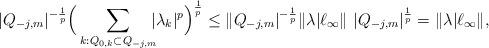
LaTeX: \begin{align*}|Q_{-j,m}|^{-\frac{1}{p}}\Big(\sum_{k:Q_{0,k}\subset Q_{-j,m}}\!\!\! |\lambda_k|^p\Big)^\frac{1}{p} \leq \|Q_{-j,m}|^{-\frac{1}{p}} \|\lambda|\ell_\infty\|\ |Q_{-j,m}|^{\frac1p} = \|\lambda|\ell_\infty\|,\end{align*}